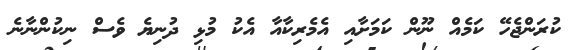
ކުރަންޖެހޭ ކަމެއް ނޫން ކަމަށާއި އެމެރިކާއާ އެކު މުޅި ދުނިޔެ ވެސް ނިކުންނާނެ